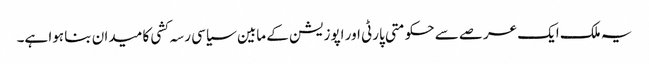
یہ ملک ایک عرصے سے حکومتی پارٹی اور اپوزیشن کے مابین سیاسی رسہ کشی کا میدان بنا ہوا ہے۔